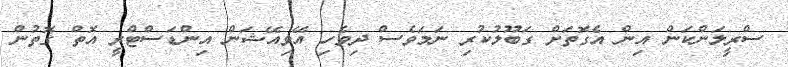
ސްރީލަންކަން އިން އެގޮތަށް ގަބޫލުކުރި ނަމަވެސް ދިވެހި އޭވިއޭޝަން އިންޑަސްޓްރީ އޮތް ގޮތުން